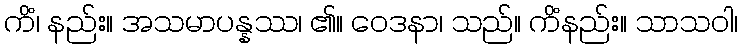
ကိံ၊ နည်း။ အသမာပန္နဿ၊ ၏။ ဝေဒနာ၊ သည်။ ကိံနည်း။ သာသဝါ၊